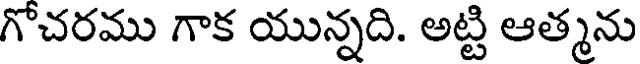
గొచరము గాక యున్నది. అట్టి ఆత్మను